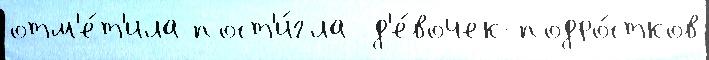
отм'е́т'ила пост'и́гла  д'е́вочек-подро́стков